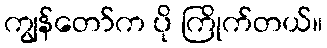
ကျွန်တော်က ပို ကြိုက်တယ်။